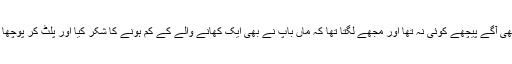
شوہر کا بھی آگے پیچھے کوئی نہ تھا اور مجھے لگتا تھا کہ ماں باپ نے بھی ایک کھانے والے کے کم ہونے کا شکر کیا اور پلٹ کر پوچھا تک نہیں ۔